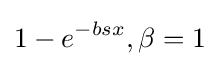
1-e^{-bsx},\beta =1